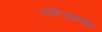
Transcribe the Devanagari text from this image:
श्रीविश्वेशतीर्थ